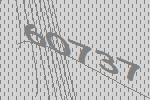
60737